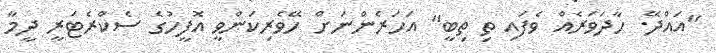
"އައްދޭ. ހާދަވަރެއް ވެފައި ތި ތިބީ" އަހަރެންނަށް ހޭވެރިކަންވީ އޮފީހުގެ ސެކްރެޓަރީ ދީމާ